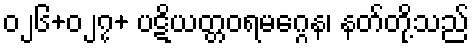
၀၂၆+၀၂၇+ ပဋိယတ္တဝရမဂ္ဂေန၊ နတ်တို့သည်